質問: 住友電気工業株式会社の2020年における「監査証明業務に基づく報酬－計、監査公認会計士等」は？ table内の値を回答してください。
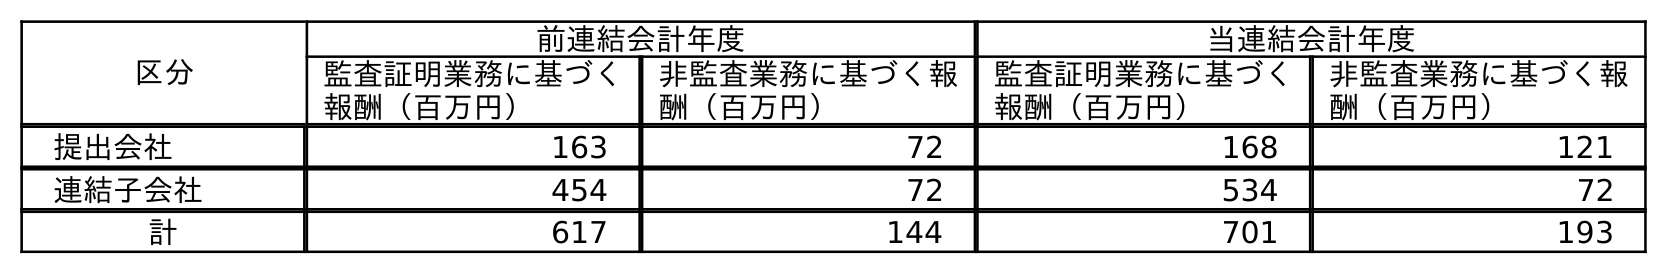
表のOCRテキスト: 区分 前連結会計年度 当連結会計年度 監査証明業務に基づく 報酬（百万円） 非監査業務に基づく報 酬（百万円） 監査証明業務に基づく 報酬（百万円） 非監査業務に基づく報 酬（百万円） 提出会社 163 72 168 121 連結子会社 454 72 534 72 計 617 144 701 193
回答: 701